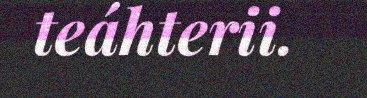
teáhterii.